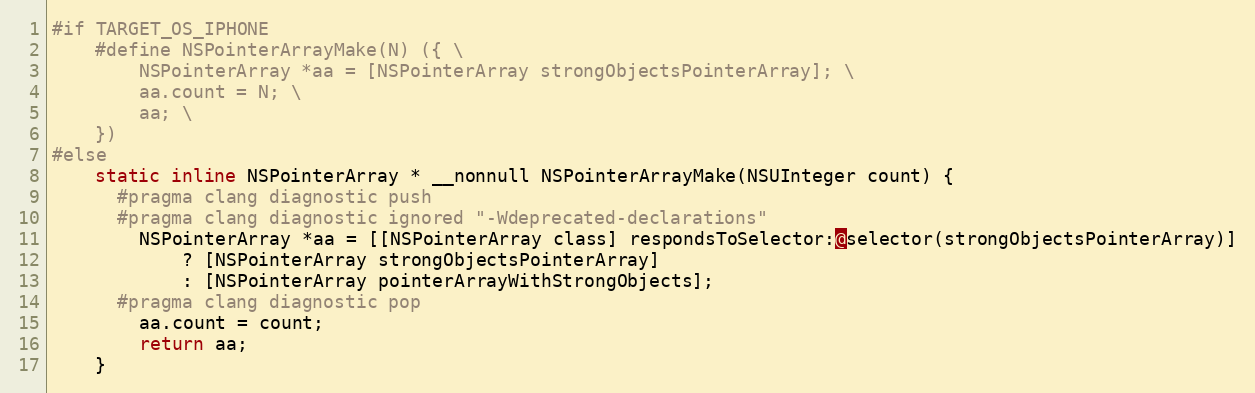
Language: C
#if TARGET_OS_IPHONE
    #define NSPointerArrayMake(N) ({ \
        NSPointerArray *aa = [NSPointerArray strongObjectsPointerArray]; \
        aa.count = N; \
        aa; \
    })
#else
    static inline NSPointerArray * __nonnull NSPointerArrayMake(NSUInteger count) {
      #pragma clang diagnostic push
      #pragma clang diagnostic ignored "-Wdeprecated-declarations"
        NSPointerArray *aa = [[NSPointerArray class] respondsToSelector:@selector(strongObjectsPointerArray)]
            ? [NSPointerArray strongObjectsPointerArray]
            : [NSPointerArray pointerArrayWithStrongObjects];
      #pragma clang diagnostic pop
        aa.count = count;
        return aa;
    }